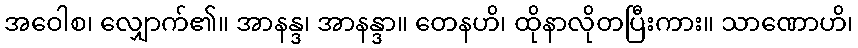
အဝေါစ၊ လျှောက်၏။ အာနန္ဒ၊ အာနန္ဒာ။ တေနဟိ၊ ထိုနာလိုတပြီးကား။ သာဏောဟိ၊